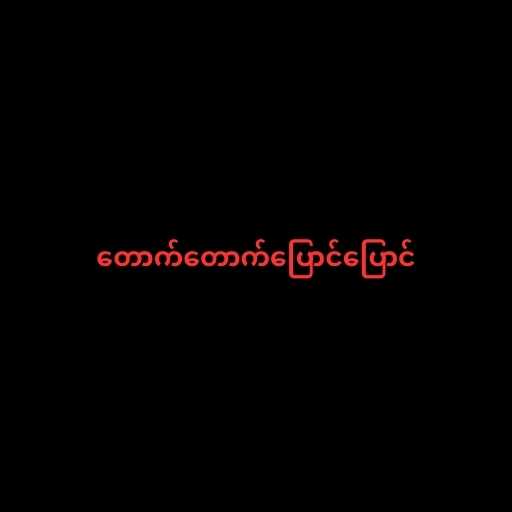
တောက်တောက်ပြောင်ပြောင်